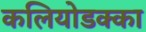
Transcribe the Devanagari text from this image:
कलियोडक्का